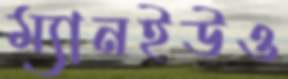
ম্যানইউও